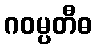
ဂဝမ္ပတီဓ